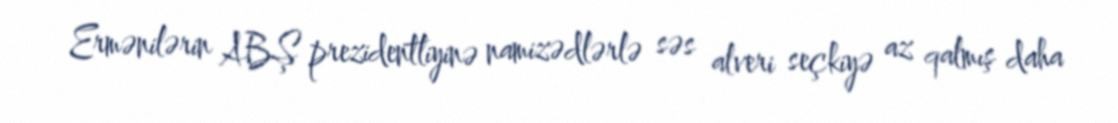
Ermənilərin ABŞ prezidentliyinə namizədlərlə səs alveri seçkiyə az qalmış daha